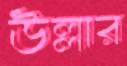
উল্লার